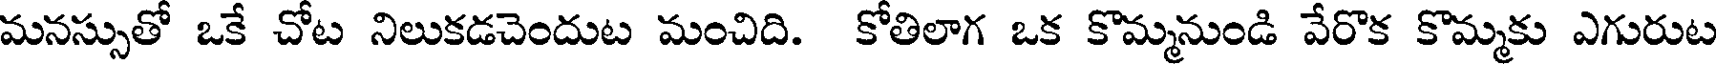
మనస్సుతో ఒకే చోట నిలుకడచెందుట మంచిది. కోతిలాగ ఒక కొమ్మనుండి వేరొక కొమ్మకు ఎగురుట